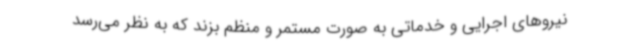
نیروهای اجرایی و خدماتی به صورت مستمر و منظم بزند که به نظر می‌رسد